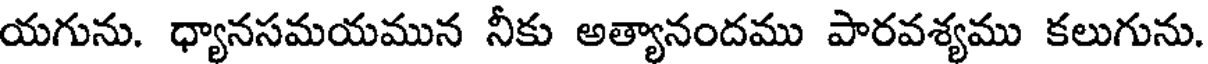
యగును. ధ్యానసమయమున నీకు అత్యానందము పారవశ్యము కలుగును.